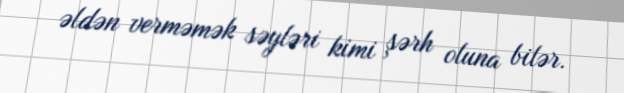
əldən verməmək səyləri kimi şərh oluna bilər.